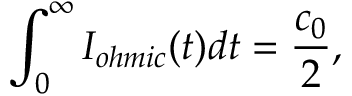
\int _ { 0 } ^ { \infty } I _ { o h m i c } ( t ) d t = \frac { c _ { 0 } } { 2 } ,